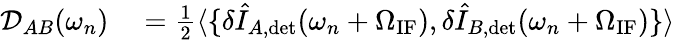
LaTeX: \begin{array}{rl}{\mathcal{D}_{AB}(\omega_{n})}&{{}=\frac{1}{2}\langle\{ \delta\hat{I}_{A,\mathrm{det}}(\omega_{n}+\Omega_{\mathrm{IF}}),\delta\hat{I}_{B,\mathrm{det}}(\omega_{n}+\Omega_{\mathrm{IF}})\} \rangle}\end{array}